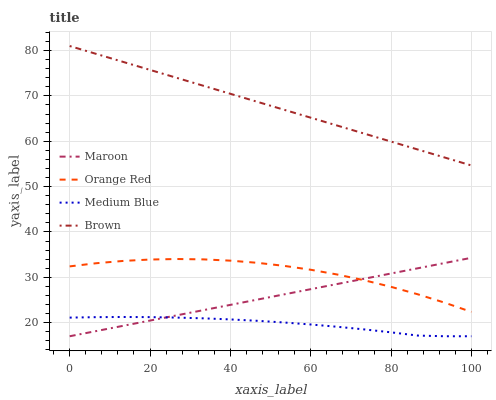
| xaxis_label | Maroon | Orange Red | Medium Blue | Brown |
 | --- | --- | --- | --- | --- |
 | 0 | 17 | 32.4 | 21.1 | 81 |
 | 6.67 | 18.2 | 33.1 | 21.2 | 79.2 |
 | 13.3 | 19.3 | 33.6 | 21.2 | 77.5 |
 | 20 | 20.5 | 33.9 | 21.2 | 75.7 |
 | 26.7 | 21.6 | 34 | 21.1 | 74 |
 | 33.3 | 22.8 | 33.9 | 20.9 | 72.2 |
 | 40 | 23.9 | 33.7 | 20.7 | 70.5 |
 | 46.7 | 25.1 | 33.2 | 20.4 | 68.7 |
 | 53.3 | 26.2 | 32.5 | 20 | 67 |
 | 60 | 27.4 | 31.7 | 19.6 | 65.2 |
 | 66.7 | 28.5 | 30.6 | 19.1 | 63.4 |
 | 73.3 | 29.7 | 29.3 | 18.5 | 61.7 |
 | 80 | 30.8 | 27.9 | 17.9 | 59.9 |
 | 86.7 | 32 | 26.2 | 17.1 | 58.2 |
 | 93.3 | 33.1 | 24.4 | 17 | 56.4 |
 | 100 | 34.3 | 22.4 | 17 | 54.7 |